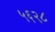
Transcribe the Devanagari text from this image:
५६२८